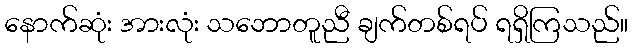
နောက်ဆုံး အားလုံး သဘောတူညီ ချက်တစ်ရပ် ရရှိကြသည်။